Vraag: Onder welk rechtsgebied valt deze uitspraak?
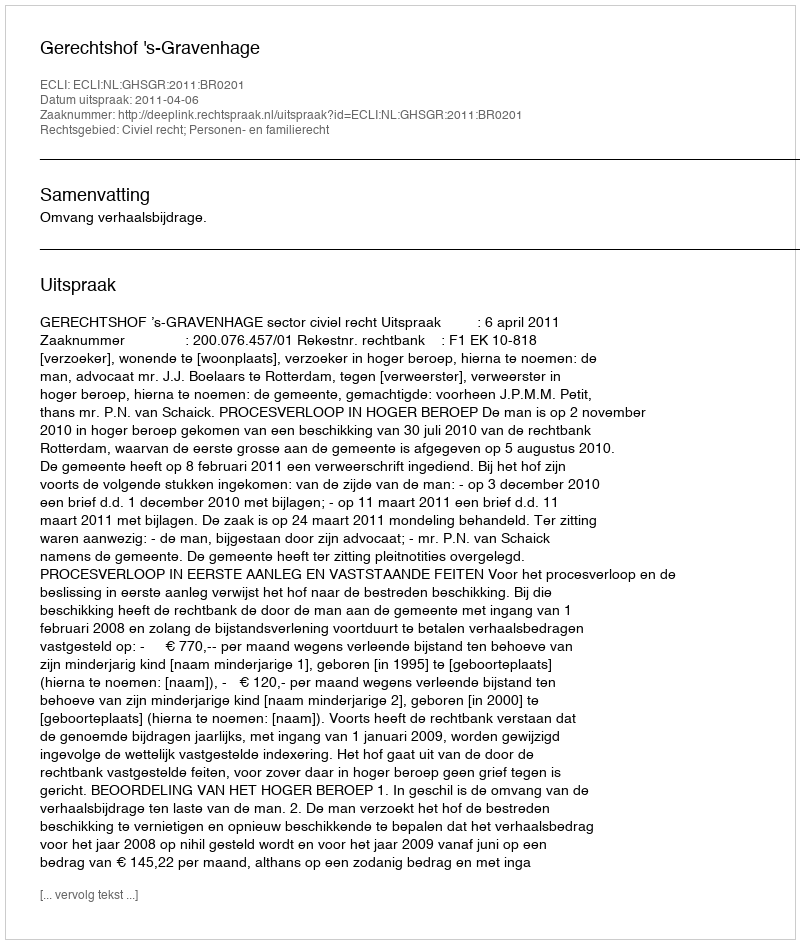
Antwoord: Civiel recht; Personen- en familierecht